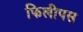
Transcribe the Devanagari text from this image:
फिलीपस